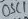
Text: OSC1